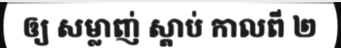
ឲ្យ សម្លាញ់ ស្តាប់ កាលពី ២